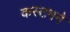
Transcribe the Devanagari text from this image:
कस्टमने